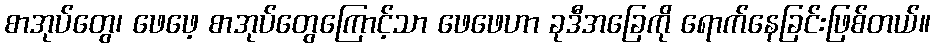
စာအုပ်တွေ၊ ဖေဖေ့ စာအုပ်တွေကြောင့်သာ ဖေဖေဟာ ခုဒီအခြေကို ရောက်နေခြင်းဖြစ်တယ်။